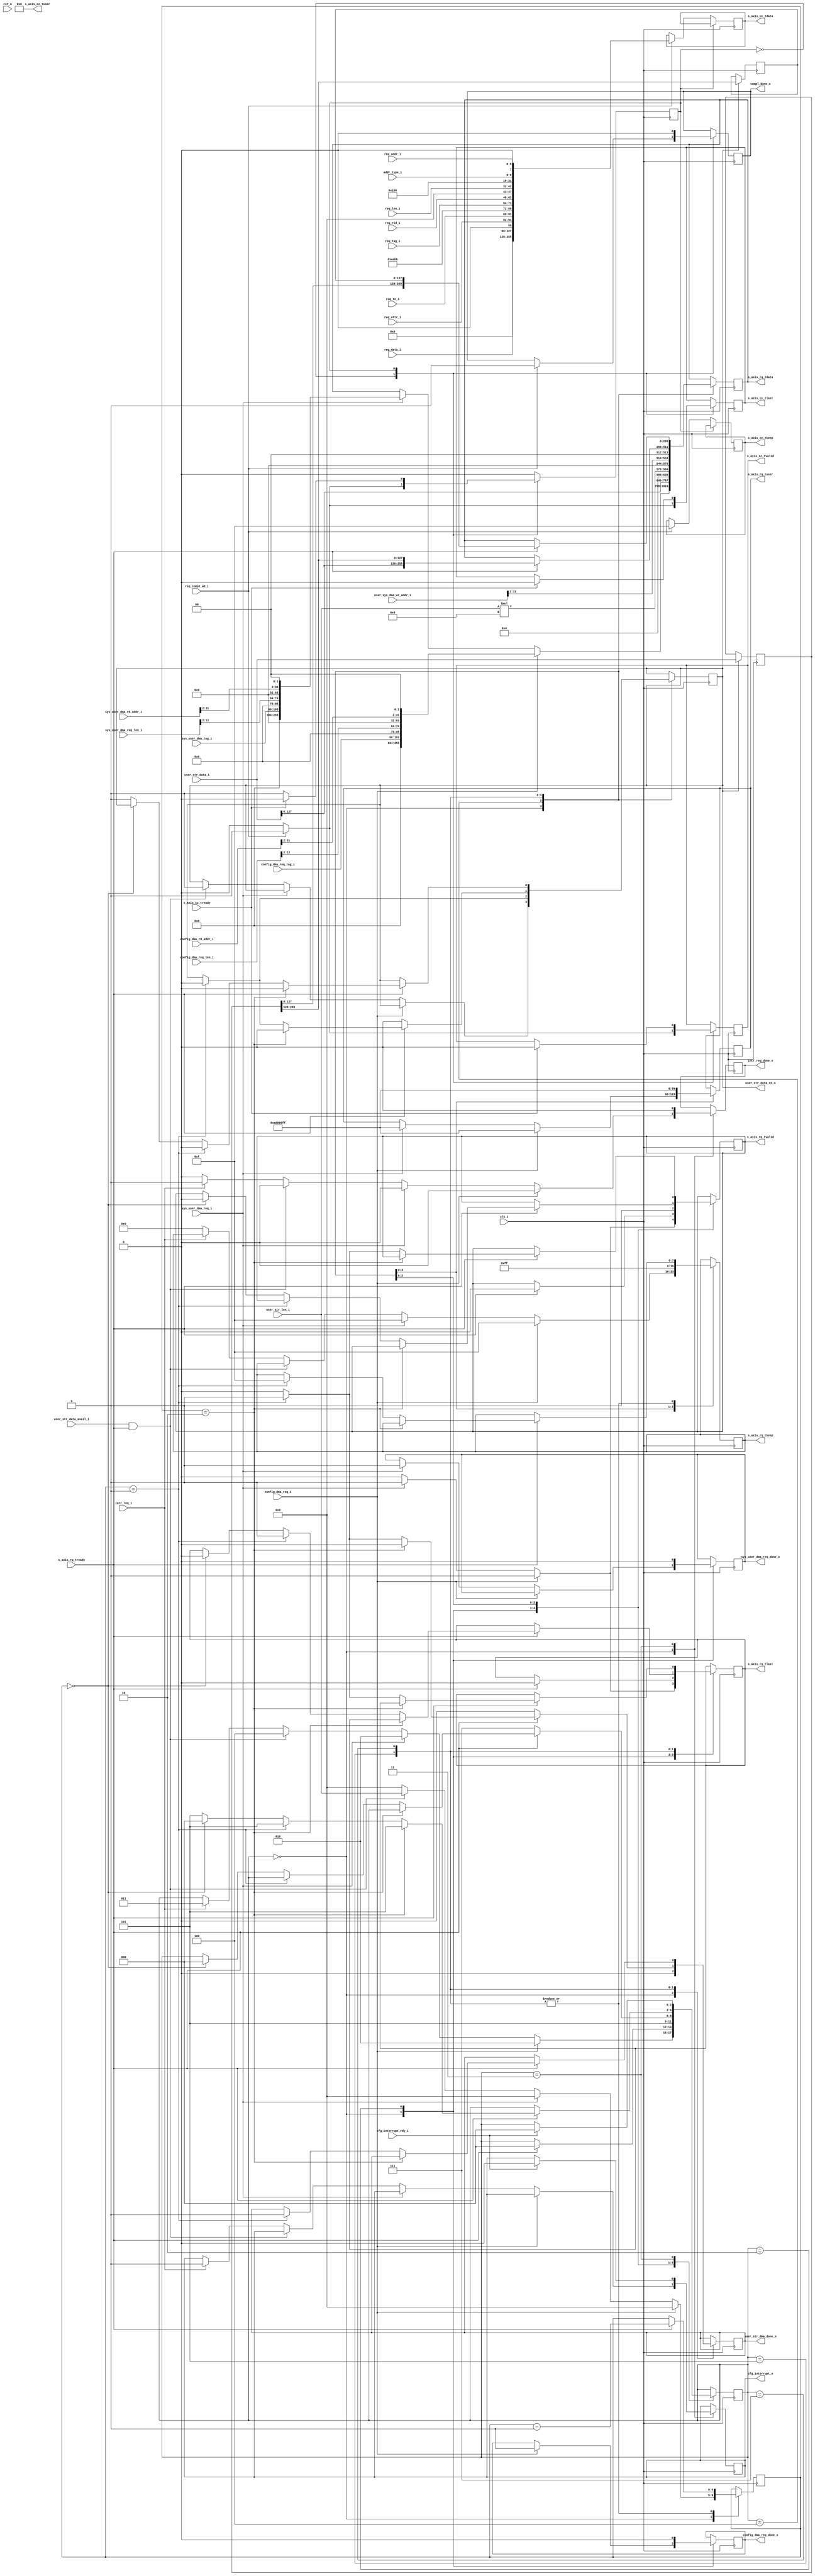
//--------------------------------------------------------------------------------
// Project    : SWITCH
// Version    : 0.1
//
// Description: 256 bit PCIe transaction layer transmit unit
//
//--------------------------------------------------------------------------------

`timescale 1ns/1ns

module tx_engine    #(
  // TX interface data width
  parameter C_DATA_WIDTH = 256,
  parameter KEEP_WIDTH = C_DATA_WIDTH/32
)(

  input                           clk_i,
  input                           rst_n,

  // AXI-S Completer Competion Interface

  output reg [C_DATA_WIDTH-1:0]  s_axis_cc_tdata,
  output reg   [KEEP_WIDTH-1:0]  s_axis_cc_tkeep,
  output reg                     s_axis_cc_tlast,
  output reg                     s_axis_cc_tvalid,
  output                 [32:0]  s_axis_cc_tuser,
  input                          s_axis_cc_tready,

  // AXI-S Requester Request Interface

  output reg [C_DATA_WIDTH-1:0]  s_axis_rq_tdata,
  output reg   [KEEP_WIDTH-1:0]  s_axis_rq_tkeep,
  output reg                     s_axis_rq_tlast,
  output reg                     s_axis_rq_tvalid,
  output reg             [59:0]  s_axis_rq_tuser,
  input                          s_axis_rq_tready,
  //Rx engine
  input [1:0]                    addr_type_i, 
  input                          req_compl_wd_i,
  output reg                     compl_done_o,
  input [2:0]                    req_tc_i,
  input [2:0]                    req_attr_i,
  input [10:0]                   req_len_i,
  input [15:0]                   req_rid_i,
  input [7:0]                    req_tag_i,
  input [6:0]                    req_addr_i,
  //Register set
  input [31:0]                   reg_data_i,
  input                          config_dma_req_i,
  input [31:0]                   config_dma_rd_addr_i,
  input [12:0]                   config_dma_req_len_i,
  output reg                     config_dma_req_done_o,
  input [7:0]                    config_dma_req_tag_i, 
  //dra
  input                          sys_user_dma_req_i,
  output reg                     sys_user_dma_req_done_o,
  input [12:0]                   sys_user_dma_req_len_i,
  input [31:0]                   sys_user_dma_rd_addr_i,
  input [7:0]                    sys_user_dma_tag_i,
  //User stream i/f
  input                          user_str_data_avail_i,
  output reg                     user_str_dma_done_o,
  input [31:0]                   user_sys_dma_wr_addr_i,
  output reg                     user_str_data_rd_o,
  input [255:0]                  user_str_data_i,
  input [4:0]                    user_str_len_i,
  //interrupt
  input                          intr_req_i,
  output reg                     intr_req_done_o,
  output reg                     cfg_interrupt_o,
  input                          cfg_interrupt_rdy_i
);
	

   // State Machine state declaration
    localparam IDLE         = 'd0,
               SEND_DATA    = 'd1,
               SEND_DMA_REQ = 'd2,
               REQ_INTR     = 'd3,
               WR_USR_HDR   = 'd4,
               WR_USR_DATA  = 'd5,
               SEND_ACK_DMA = 'd6,
               WAIT_CORE    = 'd7;

    reg            state;
    reg [2:0]      dma_state;
    reg [31:0]     rd_data_p;
    reg [255:0]    user_rd_data_p;
    reg [127:0]    user_rd_data_p1;
    reg [4:0]      wr_cntr;
    wire [10:0]    user_wr_len;

    // Unused discontinue
    assign user_wr_len     = user_str_len_i*8;
	assign s_axis_cc_tuser = 33'h000000000;

    //Delay the data read from the transmit fifo for 64byte packing.
    always@(posedge clk_i)
    begin
	     if(user_str_data_rd_o)
            user_rd_data_p    <= user_str_data_i;
    end
    
    always@(posedge clk_i)
    begin
        if(user_str_data_rd_o)
            user_rd_data_p1    <= user_rd_data_p[255:128];
    end
    
    
    initial 
    begin
        s_axis_cc_tlast   <= 1'b0;
        s_axis_cc_tvalid  <= 1'b0;
        s_axis_cc_tkeep   <= {KEEP_WIDTH{1'b0}};
        compl_done_o      <= 1'b0;
        config_dma_req_done_o    <= 1'b0;
        wr_cntr           <= 0;
        intr_req_done_o   <=  1'b0;
        user_str_data_rd_o <= 1'b0;
        state             <= IDLE;
        dma_state         <= IDLE;
        user_str_dma_done_o <= 1'b0;
    end

    //The transmit state machine
    always @ ( posedge clk_i ) 
    begin 
        case (state)
            IDLE : begin
                s_axis_cc_tlast  <= 1'b0;
                s_axis_cc_tvalid <= 1'b0;
                if (req_compl_wd_i)                                 //If completion request from Rx engine
                begin
                    s_axis_cc_tlast  <= 1'b1;
                    s_axis_cc_tvalid <= 1'b1;                       
                    s_axis_cc_tdata  <= {                            // Bits
										    128'b0,                  // Tied to 0 for 3DW completion descriptor
                                            reg_data_i,              // 32- bit read data
                                            1'b0,                    // Force ECRC
                                            req_attr_i,              // 3- bits
                                            req_tc_i,                // 3- bits
                                            1'b0,                    // Completer ID to control selection of Client
                                                                     // Supplied Bus number
                                            8'hAA,                   // Completer Bus number - selected if Compl ID    = 1
                                            8'hBB,                   // Compl Dev / Func no - sel if Compl ID = 1
										    req_tag_i,               // 8 tag number
											req_rid_i,               // 16 Requester id
											1'b0,                    // 1 Reserved
                                            1'b0,                    // 1 No poisoning
                                            3'b000,                  // 3 Successful completion
                                            req_len_i,               // 11
											2'b00,                   // 2 Reserved
                                            1'b0,                    // No locked mem read
                                            13'd4,                   // 13 (Byte length)
											6'd0,                    // 6 Reserved
											addr_type_i,             // 2
											1'b0,                    // 1 Reserved
											req_addr_i               // 7
                                          };
                    s_axis_cc_tkeep   <=  8'h0F;
                    state             <=  SEND_DATA;
                    compl_done_o      <=  1'b1;
                end   
            end            
            SEND_DATA : begin
                compl_done_o     <= 1'b0;
                if (s_axis_cc_tready) 
                begin
                    s_axis_cc_tlast  <= 1'b0;
                    s_axis_cc_tvalid <= 1'b0;
                    state            <= IDLE;
                end 
                else
                    state             <= SEND_DATA;
            end
        endcase
    end



    //The transmit state machine
    always @ ( posedge clk_i ) 
    begin 
        case (dma_state)
            IDLE : begin
                s_axis_rq_tlast  <= 1'b0;
                s_axis_rq_tvalid <= 1'b0;
                intr_req_done_o  <= 1'b0;
                wr_cntr <= 0;
				user_str_dma_done_o <= 1'b0;
                if(config_dma_req_i)                     //If system memory DMA read request for reconfiguration
                begin
                    s_axis_rq_tlast  <= 1'b1;
                    s_axis_rq_tvalid <= 1'b1;
                    s_axis_rq_tdata  <= { 
										128'b0,                                    // 4DW Unused
                                        1'b0,                                      // Force ECRC
                                        3'b000,                                    // Attributes
                                        3'b000,                                    // Traffic Class
                                        1'b0,                                      // RID Enable
                                        16'b0,                                     // Completer -ID
                                        config_dma_req_tag_i,                      // 8 tag
                                        8'h00,                                     // Req Bus No
                                        8'h00,                                     // Req Dev/Func no
                                        1'b0,                                      // Poisoned Req
                                        4'b0000,                                   // Req Type for MRd Req
                                        config_dma_req_len_i[12:2],                // 11 bit request length in DWORDS
                                        {32'h00000000,config_dma_rd_addr_i[31:2]}, // 62-bit address      
                                        2'b00                                      // Address type
                                        };
                  s_axis_rq_tuser   <=  {         
										 32'b0,        // Parity
                                         4'b1010,      // Seq Number
                                         8'h00,        // TPH Steering Tag
                                         1'b0,         // TPH indirect Tag Enable
                                         2'b0,         // TPH Type
                                         1'b0,         // TPH Present
                                         1'b0,         // Discontinue
                                         3'b000,       // Byte Lane number in case of Address Aligned mode
                                         4'hF,         // Last BE of the Read Data
                                         4'hF          // First BE of the Read Data
                                        };
                  s_axis_rq_tkeep       <=  8'h0F;
                  dma_state             <= SEND_DMA_REQ;
                  config_dma_req_done_o <= 1'b1;
                end 
                
                else if(sys_user_dma_req_i)           //If system memory DMA read request for PCIe stream
                begin
                   s_axis_rq_tlast  <= 1'b1;
                   s_axis_rq_tvalid <= 1'b1;
                   s_axis_rq_tdata  <= { 
										128'b0,                                    // 4DW Unused
                                        1'b0,                                      // Force ECRC
                                        3'b000,                                    // Attributes
                                        3'b000,                                    // Traffic Class
                                        1'b0,                                      // RID Enable
                                        16'b0,                                     // Completer -ID
                                        sys_user_dma_tag_i,                        // 8 tag
                                        8'h00,                                     // Req Bus No
                                        8'h00,                                     // Req Dev/Func no
                                        1'b0,                                      // Poisoned Req
                                        4'b0000,                                   // Req Type for MRd Req
                                        sys_user_dma_req_len_i[12:2],              // 11 bit request length in DWORDS
                                        {32'h00000000,sys_user_dma_rd_addr_i[31:2]}, // 62-bit address      
                                        2'b00                                      // Address type
                                        };
                   s_axis_rq_tuser   <=  {         
                                         32'b0,        // Parity
                                         4'b1010,      // Seq Number
                                         8'h00,        // TPH Steering Tag
                                         1'b0,         // TPH indirect Tag Enable
                                         2'b0,         // TPH Type
                                         1'b0,         // TPH Present
                                         1'b0,         // Discontinue
                                         3'b000,       // Byte Lane number in case of Address Aligned mode
                                         4'hF,         // Last BE of the Read Data
                                         4'hF          // First BE of the Read Data
                                        };
                    s_axis_rq_tkeep   <=  8'h0F;
                    dma_state         <= SEND_DMA_REQ;
                    sys_user_dma_req_done_o <= 1'b1; 
                end 
                
                else if(user_str_data_avail_i & s_axis_rq_tready)
                begin
                    dma_state           <=  WR_USR_HDR;
                    user_str_data_rd_o  <=  1'b1;
                    wr_cntr             <=  user_str_len_i;
                end
                
                else if(intr_req_i) //If there is interrupt request and no data in the transmit fifo
                begin
                    dma_state       <=  REQ_INTR;
	                cfg_interrupt_o <=  1'b1;
	                intr_req_done_o <=  1'b1;
                end
				
                else 
                begin
                    s_axis_rq_tlast   <= 1'b0;
                    s_axis_rq_tvalid  <= 1'b0;
                    s_axis_rq_tkeep   <= 8'h00;
                end
            end 

            SEND_DMA_REQ:begin
                config_dma_req_done_o   <= 1'b0;
                sys_user_dma_req_done_o <= 1'b0;
                if (s_axis_rq_tready) 
                begin
                    s_axis_rq_tlast       <= 1'b0;
                    s_axis_rq_tvalid      <= 1'b0; 
                    dma_state             <= IDLE;
                end
            end
				
	        WR_USR_HDR:begin
		        s_axis_rq_tvalid <= 1'b1;
                s_axis_rq_tdata  <= { 
				                     user_str_data_i[127:0],                    // 4DW User data
                                     1'b0,                                      // Force ECRC
                                     3'b000,                                    // Attributes
                                     3'b000,                                    // Traffic Class
                                     1'b0,                                      // RID Enable
                                     16'b0,                                     // Completer -ID
                                     8'h00,                                     // 8 tag
                                     8'h00,                                     // Req Bus No
                                     8'h00,                                     // Req Dev/Func no
                                     1'b0,                                      // Poisoned Req
                                     4'b0001,                                   // Req Type for MWr Req
                                     user_wr_len,                               // 11 bit request length in DWORDS
                                     {32'h00000000,user_sys_dma_wr_addr_i[31:2]}, // 62-bit address      
                                     2'b00                                      // Address type
                                     };
				s_axis_rq_tuser   <=  {         
									  32'b0,        // Parity
                                      4'b1010,      // Seq Number
                                      8'h00,        // TPH Steering Tag
                                      1'b0,         // TPH indirect Tag Enable
                                      2'b0,         // TPH Type
                                      1'b0,         // TPH Present
                                      1'b0,         // Discontinue
                                      3'b000,       // Byte Lane number in case of Address Aligned mode
                                      4'hF,         // Last BE of the Write Data
                                      4'hF          // First BE of the Write Data
                                     };
                s_axis_rq_tkeep     <=  8'hFF;                
				if(wr_cntr == 1)
				begin
                    user_str_data_rd_o    <=    1'b0;
				end	  
                dma_state           <=  WR_USR_DATA;
			end
			
            WR_USR_DATA:begin
                user_str_dma_done_o <= 1'b0;
		        if(s_axis_rq_tready)
		        begin
                    if(wr_cntr == 2)
                        user_str_data_rd_o  <=    1'b0;
                    else if(wr_cntr == 1)
                    begin
                        user_str_data_rd_o  <= 1'b0;
                        s_axis_rq_tlast     <= 1'b1;
                        user_str_dma_done_o <= 1'b1;
                        s_axis_rq_tkeep     <= 8'h0F; 
                    end  
                    else if(wr_cntr == 0) //simply wait for tready to change status.
                    begin
                        dma_state        <=    IDLE;
                        s_axis_rq_tlast  <=    1'b0;
                        s_axis_rq_tvalid <=    1'b0;
                    end
                    wr_cntr             <=    wr_cntr - 1'b1;
                    s_axis_rq_tdata     <=    {user_str_data_i[127:0],user_rd_data_p[255:128]};
                end 
		        else
		        begin
		            user_str_data_rd_o    <=    1'b0;
		            dma_state             <=    WAIT_CORE;
		        end	  
            end
            
            WAIT_CORE:begin
                if(s_axis_rq_tready)
                begin
                    s_axis_rq_tdata     <=     {user_rd_data_p[127:0],user_rd_data_p1};
                    wr_cntr             <=     wr_cntr - 1'b1;
                    if(wr_cntr == 2)
                    begin
                        user_str_data_rd_o  <= 1'b0;
                        dma_state           <= WR_USR_DATA;
                    end    
                    else if(wr_cntr == 1)
                    begin
                        user_str_data_rd_o  <= 1'b0;
                        s_axis_rq_tlast     <= 1'b1;
                        s_axis_rq_tvalid    <= 1'b1;
                        s_axis_rq_tkeep     <= 8'h0F; 
                        user_str_dma_done_o <= 1'b1;
                        dma_state           <= WR_USR_DATA; 
                    end                        
                    else if(wr_cntr == 0) //simply wait for tready to change status.
                    begin
                        dma_state        <=    IDLE;
                        s_axis_rq_tlast  <=    1'b0;
                        s_axis_rq_tvalid <=    1'b0;
                    end
                    else
                    begin
                        s_axis_rq_tvalid   <=    1'b0;
                        s_axis_rq_tlast    <=    1'b0;
                        dma_state          <=    WR_USR_DATA;
                        user_str_data_rd_o <=    1'b1;
                    end
                end
            end
			
            REQ_INTR:begin        //Send interrupt through PCIe interrupt port
                intr_req_done_o <= 1'b0;
                if(cfg_interrupt_rdy_i)
                begin
                    cfg_interrupt_o <= 1'b0;
                    dma_state       <= IDLE;
                end
            end
        endcase
    end
 
 
endmodule